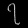
Digit: ၇